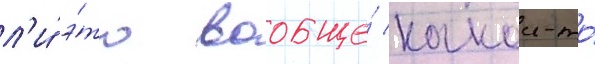
л'и́ э́то вообще́ какои-то́